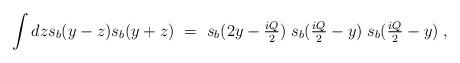
LaTeX: \begin{align*} \int dz s_b(y-z) s_b(y+z) \ = \ s_b(2 y - \tfrac{i Q}{2}) \; s_b(\tfrac{i Q}{2}-y) \; s_b(\tfrac{i Q}{2} -y) \; ,\end{align*}